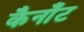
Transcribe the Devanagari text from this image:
कैनाँट